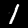
Label: 1